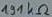
Text: 191 kΩ